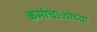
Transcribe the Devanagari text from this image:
कर्माचाऱ्यांच्या